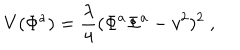
V ( \Phi ^ { a } ) = \frac { \lambda } { 4 } ( \Phi ^ { a } \Phi ^ { a } - v ^ { 2 } ) ^ { 2 } \ ,